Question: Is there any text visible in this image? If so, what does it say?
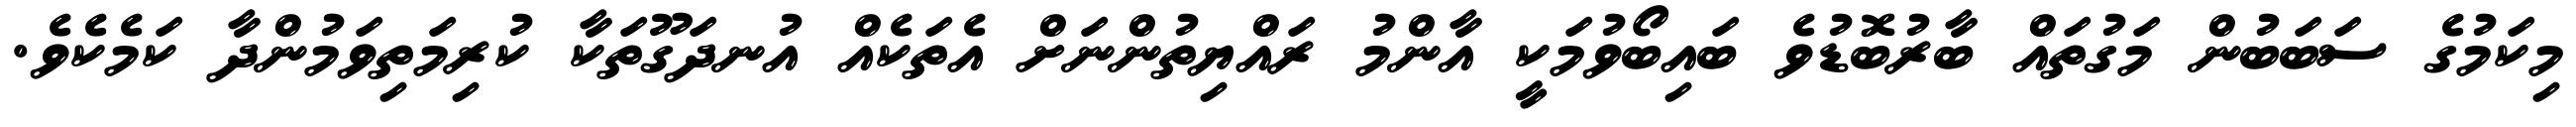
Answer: މިކަމުގެ ސަބަބުން މަގުތައް ބާރުބޮޑުވެ ބައިބޯވުމަކީ އާންމު ރައްޔިތުންނަށް އެތަކެއް އުނދަގޫތަކާ ކުރިމަތިވަމުންދާ ކަމެކެވެ.